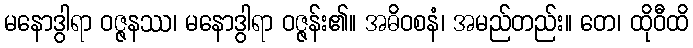
မနောဒွါရာ ဝဇ္ဇနဿ၊ မနောဒွါရာ ဝဇ္ဇန်း၏။ အဓိဝစနံ၊ အမည်တည်း။ တေ၊ ထိုဝီထိ